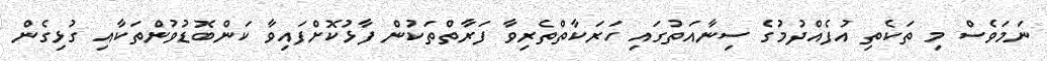
ނަމަވެސް މި ތަކެތި އުފެއްދުމުގެ ސިނާއަތުގައި ހަރަކާތްތެރިވާ ފަރާތްތަކުން ފާޅުކޮށްފައިވާ ކަންބޮޑުވުންތަކާއި ގުޅިގެން